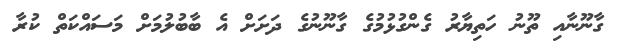
ގާނޫނާއި ތޫނު ހަތިޔާރު ގެންގުޅުމުގެ ގާނޫނުގެ ދަށަށް އެ ބާބުލުމަށް މަސައްކަތް ކުރާ